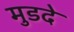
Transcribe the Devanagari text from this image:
मुडदे